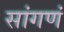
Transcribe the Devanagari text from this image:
सांगणं